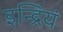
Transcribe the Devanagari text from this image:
इन्द्रियं